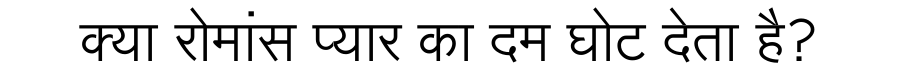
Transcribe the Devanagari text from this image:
क्या रोमांस प्यार का दम घोट देता है?